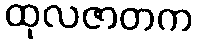
ထုလဇာတက